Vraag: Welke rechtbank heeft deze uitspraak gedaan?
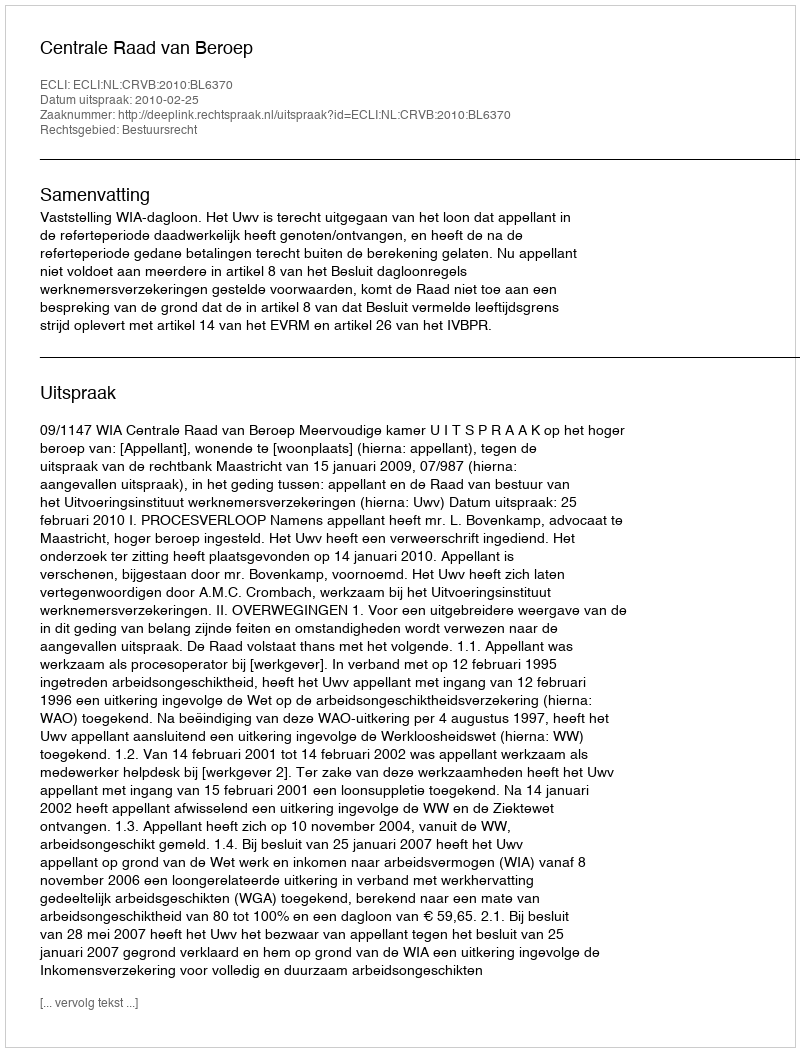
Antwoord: Centrale Raad van Beroep